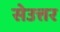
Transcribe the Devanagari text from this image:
सेउत्तर